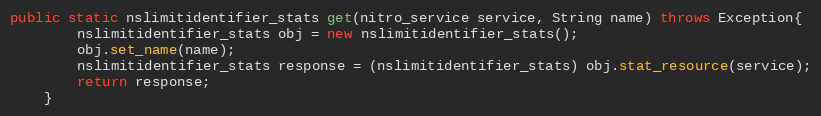
Language: Java
public static nslimitidentifier_stats get(nitro_service service, String name) throws Exception{
		nslimitidentifier_stats obj = new nslimitidentifier_stats();
		obj.set_name(name);
		nslimitidentifier_stats response = (nslimitidentifier_stats) obj.stat_resource(service);
		return response;
	}